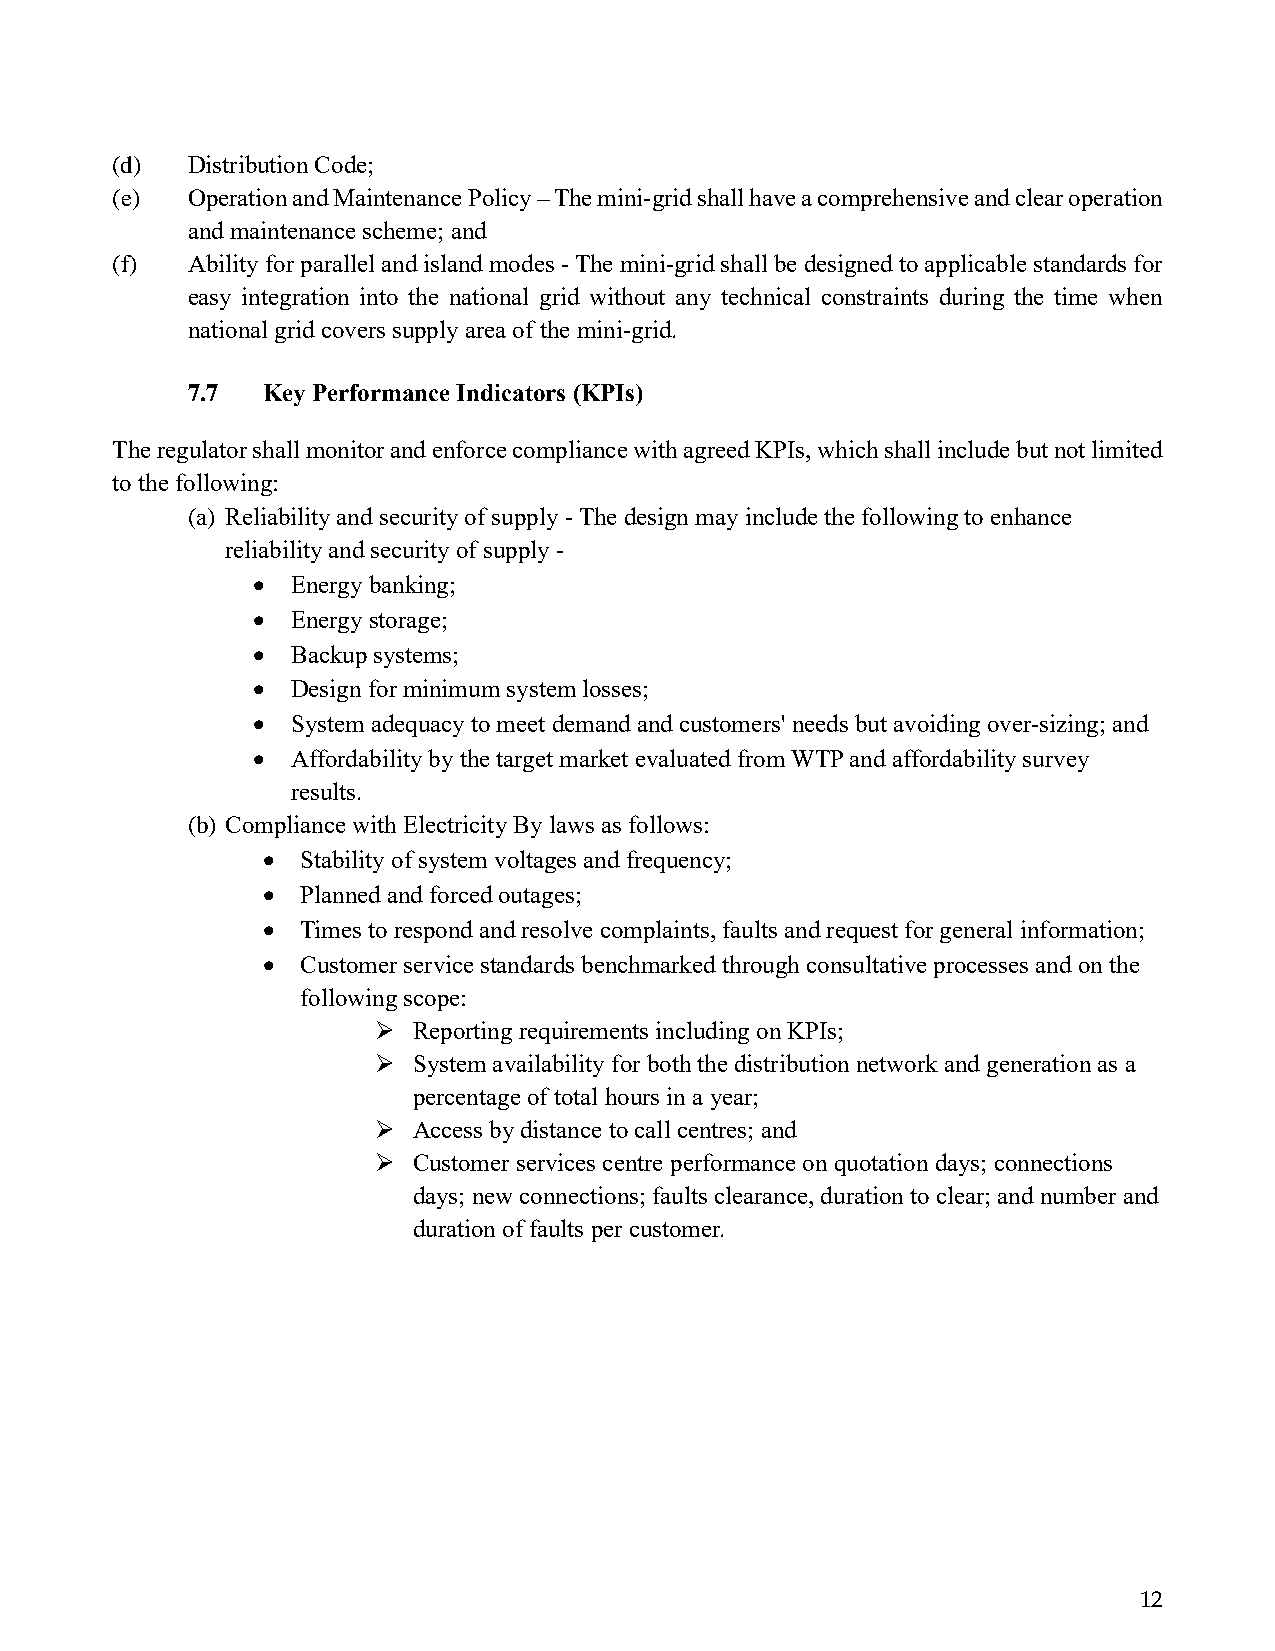
(d)  Distribution Code;
 (e)  Operation and Maintenance Policy – The mini-grid shall have a comprehensive and clear operation
 and maintenance scheme; and
 (f)  Ability for parallel and island modes - The mini-grid shall be designed to applicable standards for
 easy integration into the national grid without any technical constraints during the time when
 national grid covers supply area of the mini-grid.
 7.7  Key Performance Indicators (KPIs)
 The regulator shall monitor and enforce compliance with agreed KPIs, which shall include but not limited
 to the following:
 (a) Reliability and security of supply - The design may include the following to enhance
 reliability and security of supply -
 • Energy banking;
 • Energy storage;
 • Backup systems;
 • Design for minimum system losses;
 • System adequacy to meet demand and customers' needs but avoiding over-sizing; and
 • Affordability by the target market evaluated from WTP and affordability survey
 results.
 (b) Compliance with Electricity By laws as follows:
 •  Stability of system voltages and frequency;
 •  Planned and forced outages;
 •  Times to respond and resolve complaints, faults and request for general information;
 •  Customer service standards benchmarked through consultative processes and on the
 following scope:
 ➢ Reporting requirements including on KPIs;
 ➢ System availability for both the distribution network and generation as a
 percentage of total hours in a year;
 ➢ Access by distance to call centres; and
 ➢ Customer services centre performance on quotation days; connections
 days; new connections; faults clearance, duration to clear; and number and
 duration of faults per customer.
 12